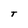
Character: T